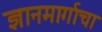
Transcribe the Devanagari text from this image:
ज्ञानमार्गाचा